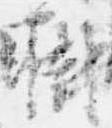
樹